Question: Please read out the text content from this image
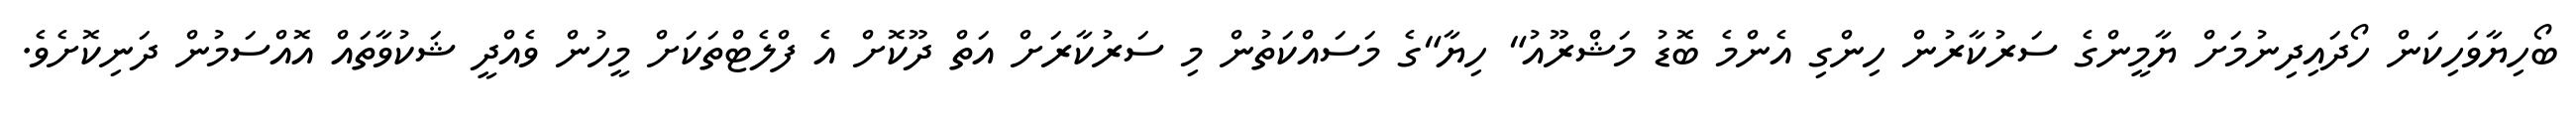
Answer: ބޯހިޔާވަހިކަން ހޯދައިދިނުމަށް ޔާމީންގެ ސަރުކާރުން ހިންގި އެންމެ ބޮޑު މަޝްރޫއު" ހިޔާ"ގެ މަސައްކަތުން މި ސަރުކާރަށް އަތް ދޫކޮށް އެ ފްލެޓްތަކަށް މީހުން ވެއްދީ ޝަކުވާތައް އޮއްސަމުން ދަނިކޮށެވެ.